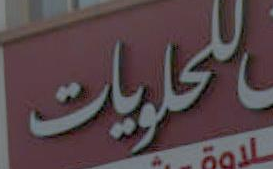
للحلويات